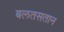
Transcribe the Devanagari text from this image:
बलतसतान